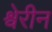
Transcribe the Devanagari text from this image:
श्वेरीन